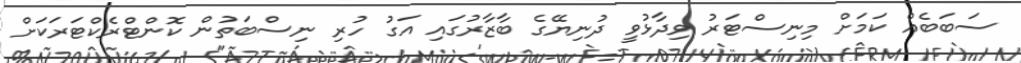
ސަބަބެއް ކަމަށް މިނިސްޓަރު ވިދާޅުވީ ދުނިޔޭގެ ބާޒާރުގައި އަގު ހުރި ނިސްބަތުން ކޮންޓްރެކްޓަރަކަށް